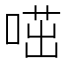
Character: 𠷅